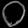
Digit: ၀